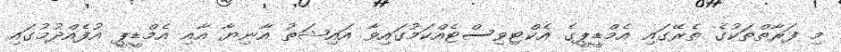
މި ފަރާތްތަކުގެ ތެރޭގައި އެމްޑީޕީގެ އެކްޓިވިސްޓެއްކަމުގައިވާ އައިޝަތު އާނިޔާ އާއި އެމްޑީޕީ އުފެއްދުމުގައި